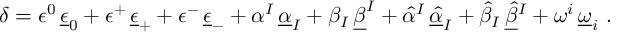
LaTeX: \delta = \epsilon ^ { 0 } \, \underline { { \epsilon } } _ { 0 } + \epsilon ^ { + } \, \underline { { \epsilon } } _ { + } + \epsilon ^ { - } \, \underline { { \epsilon } } _ { - } + \alpha ^ { I } \, \underline { { \alpha } } _ { I } + \beta _ { I } \, \underline { { \beta } } ^ { I } + \hat { \alpha } { } ^ { I } \, \underline { { { \hat { \alpha } } } } _ { I } + \hat { \beta } _ { I } \, \underline { { { \hat { \beta } } } } { } ^ { I } + \omega ^ { i } \, \underline { { \omega } } _ { i } \ .